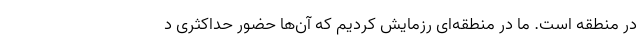
در منطقه است. ما در منطقه‌ای رزمایش کردیم که آن‌ها حضور حداکثری د